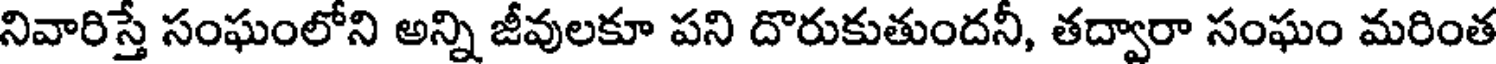
నివారిస్తే సంఘంలోని అన్ని జీవులకూ పని దొరుకుతుందనీ, తద్వారా సంఘం మరింత